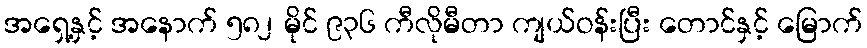
အရှေ့နှင့် အနောက် ၅၈၂ မိုင် ၉၃၆ ကီလိုမီတာ ကျယ်ဝန်းပြီး တောင်နှင့် မြောက်